Lunatic asylums Punjab 1895-1910 - 1895-1910
Year: 1895
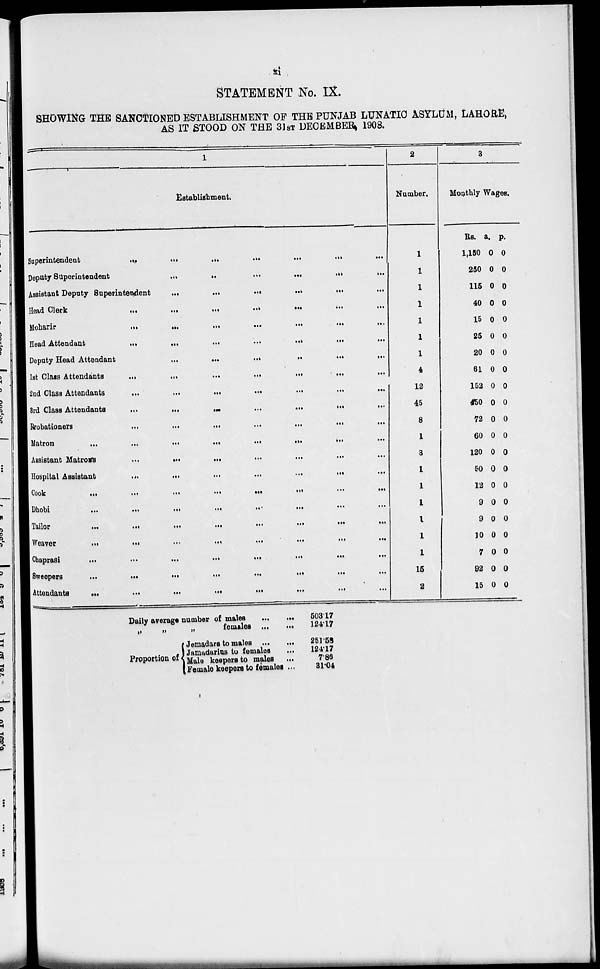
xi
STATEMENT No. IX.
SHOWING THE SANCTIONED ESTABLISHMENT OF THE PUNJAB LUNATIC ASYLUM, LAHORE,
AS IT STOOD ON THE 31ST DECEMBER, 1908.
1
Establishment.
Superintendent
...
...
...
...
...
...
...
Deputy Superintendent
...
...
...
...
...
...
...
Assistant Deputy Superintendent
...
...
...
...
...
...
...
Head
Clerk
...
...
...
...
...
...
...
Moharir
...
...
...
...
...
...
...
Head Attendant
...
...
...
...
...
...
...
Deputy Head Attendant ... ... ... ... ... ... ...
1st Glass Attendants
...
...
...
...
...
...
...
2nd Class Attendants
...
...
...
...
...
...
...
8rd Class Attendants
...
...
...
...
...
...
...
Rrobationers
...
...
...
...
...
...
...
Matron
...
...
...
...
...
...
...
Assistant Matrons
...
...
...
...
...
...
...
Hospital Assistant
...
...
...
...
...
...
...
Cook
...
...
...
...
...
...
...
Dhobi
...
...
...
...
...
...
...
Tailor
...
...
...
...
...
...
...
Weaver
...
...
...
...
...
...
...
Chaprasi
...
...
...
...
...
...
...
Sweepers
...
...
...
...
...
...
...
Attendants
...
...
...
...
...
...
...
2
Number.
1
1
1
1
1
1
1
4
12
45
8
1
3
1
1
1
1
1
1
15
2
3
Monthly Wages.
Rs.
1,150
250
115
40
15
25
20
61
152
450
72
60
120
50
12
9
9
10
7
92
15
a.
0
0
0
0
0
0
0
0
0
0
0
0
0
0
0
0
0
0
0
0
0
p.
0
0
0
0
0
0
0
0
0
0
0
0
0
0
0
0
0
0
0
0
0
Daily average number of males
...
...
„
„ „ females ...
...
Proportion of
Jemadars to males
...
...
Jamadarius to females
....
Male keepers to males
...
Female keepers to females ...
503.17
124.17
251.58
124.17
7.86
31.04